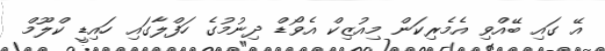
އޭ ގައި ބޭއްވި އެމެރިކަން މިއުޒިކް އެވޯޑް ދިނުމުގެ ހަފްލާގައި ހައިޑީ ކްލޫމް